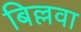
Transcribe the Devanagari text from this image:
बिल्लवा